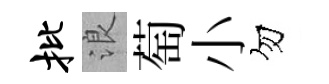
批浪萄小勿